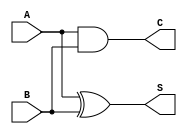
module half_adder(input wire  A,
                  input wire  B,
                  output wire S,
                  output wire C);
   

   assign S = A ^ B;
   assign C = A & B;
   
      
endmodule